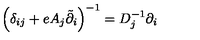
\left( \delta _ { i j } + e A _ { j } \tilde { \partial } _ { i } \right) ^ { - 1 } = D _ { j } ^ { - 1 } \partial _ { i }